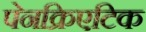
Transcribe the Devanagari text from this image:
पेनक्रिएटिक